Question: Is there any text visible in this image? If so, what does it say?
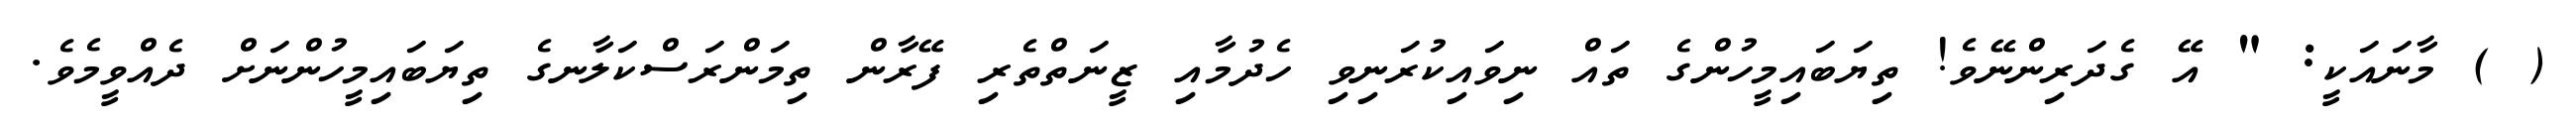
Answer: ( ) މާނައަކީ: " އޭ ގެދަރިންނޭވެ! ތިޔަބައިމީހުންގެ ތައް ނިވައިކުރަނިވި ހެދުމާއި ޒީނަތްތެރި ފޭރާން ތިމަންރަސްކަލާނގެ ތިޔަބައިމީހުންނަށް ދެއްވީމެވެ.